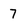
Character: 7